Vaccination North-Western Provinces and Oudh 1878-1895 - 1878-1895
Year: 1878
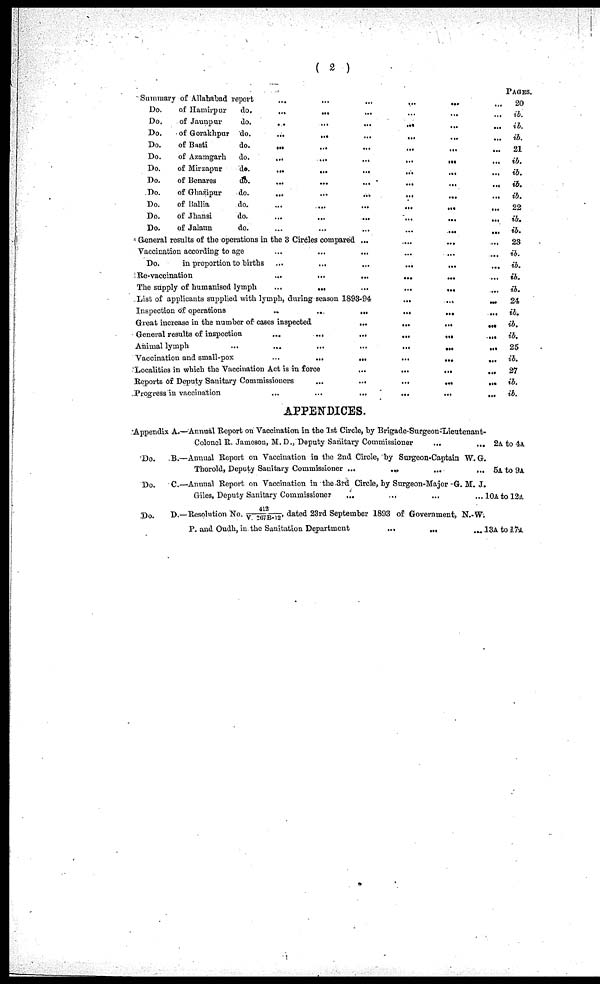
( 2 )
Summary of Allahabad report ... ... ...
Do.
of Hamirpar
do.
...
...
...
Do.
of Jaunpur
do.
...
...
...
Do.
of Gorakhpur do.
...
...
...
Do.
of Basti
do. ... ... ...
Do.
of Azamgarh
do.
...
...
...
Do.
of Mirzapur
do.
...
...
...
Do.
of Benares
do.
...
...
...
Do.
of Ghazipur
do.
...
...
...
Do.
of Ballia
do.
...
...
...
Do.
of Jhansi
do.
...
...
...
Do.
of Jalaun
do. ... ... ...
General results of the operations in the 3 Circles compared ...
Vaccination according to age ... ... ...
Do.
in proportion to births ... ... ...
Re-vaccination
...
...
...
The supply of humanised lymph
...
...
...
List of applicants supplied with lymph, during season 1893-94
Inspection of operations
...
...
...
Great increase in the number of cases inspected
...
General results of inspection
...
...
...
Animal lymph
...
...
...
...
Vaccination and small-pox
...
...
...
Localities in which the Vaccination Act is in force
...
Reports of Deputy Sanitary Commissioners
...
...
Progress in vaccination
...
...
...
...
...
...
...
...
...
...
...
...
...
...
...
...
...
...
...
...
...
...
...
...
...
...
...
...
...
...
...
...
...
...
...
...
...
...
...
...
...
...
...
...
...
...
...
...
...
...
...
...
...
...
...
...
...
...
...
...
...
...
...
...
...
...
...
...
...
...
...
...
...
...
...
...
...
...
...
...
...
PAGES.
20
ib.
ib.
ib.
21
ib.
ib.
ib.
ib.
22
ib.
ib.
23
ib.
ib.
ib.
ib.
24
ib.
ib.
ib.
25
ib.
27
ib.
ib.
APPENDICES.
Appendix A.—Annual Report on Vaccination in the 1st Circle, by Brigade-Surgeon-Lieutenant-
Colonel R. Jameson, M. D., Deputy Sanitary Commissioner
...
... 2A to 4A
Do.
B.—Annual Report on Vaccination in the 2nd Circle, by Surgeon-Captain W. G.
Thorold, Deputy Sanitary Commissioner
...
...
...
...
5A to 9A
Do.
C.—Annual Report on Vaccination in the3rd Circle, by Surgeon-Major G. M. J.
Giles, Deputy Sanitary Commissioner
...
...
...
...10A to 12A
Do.
D.—Resolution No. 412/V. 267B-12, dated 23rd September 1893 of Government, N.-W.
P. and Oudh, in the Sanitation Department
...
...
...13A
to 17A